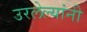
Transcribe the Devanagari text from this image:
उरलेल्यांनी